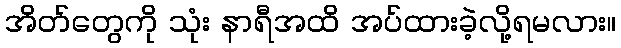
အိတ်တွေကို သုံး နာရီအထိ အပ်ထားခဲ့လို့ရမလား။